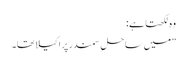
وہ لکھتا ہے:
”میں ساحلِ سمندر پر اکیلا تھا۔